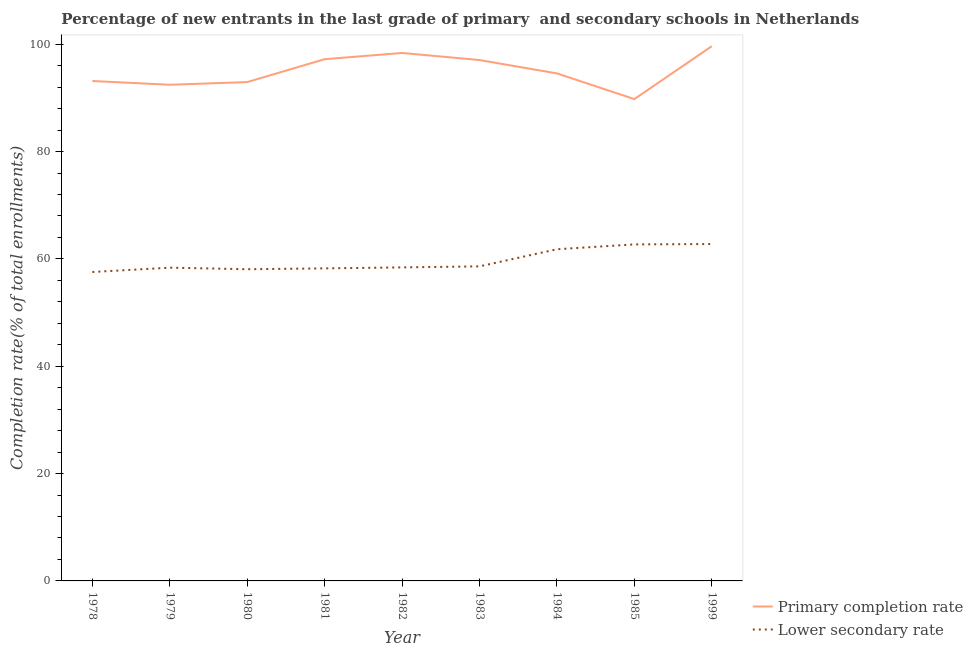
| Year | Primary completion rate | Lower secondary rate |
 | --- | --- | --- |
 | 1978 | 93.1 | 57.6 |
 | 1979 | 92.4 | 58.4 |
 | 1980 | 92.9 | 58.1 |
 | 1981 | 97.2 | 58.2 |
 | 1982 | 98.4 | 58.4 |
 | 1983 | 97.1 | 58.6 |
 | 1984 | 94.6 | 61.8 |
 | 1985 | 89.8 | 62.7 |
 | 1999 | 99.6 | 62.8 |